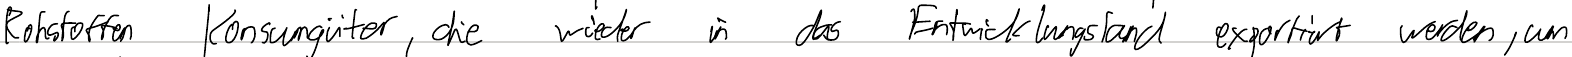
Rohstoffen Konsumgüter, die wieder in das Entwicklungsland exportiert werden, um